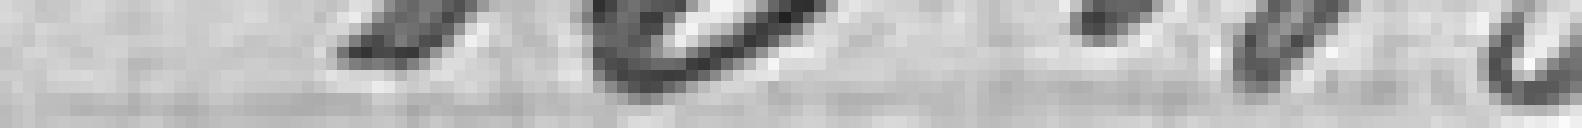
1340